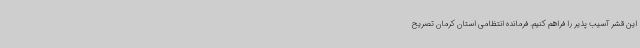
این قشر آسیب پذیر را فراهم کنیم. فرمانده انتظامی استان کرمان تصریح